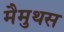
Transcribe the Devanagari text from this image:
मैमुथस